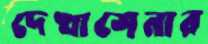
দেখাশেনার